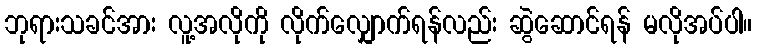
ဘုရားသခင်အား လူ့အလိုကို လိုက်လျှောက်ရန်လည်း ဆွဲဆောင်ရန် မလိုအပ်ပါ။